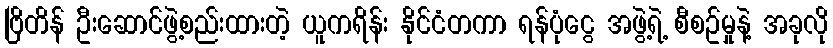
ဗြိတိန် ဦးဆောင်ဖွဲ့စည်းထားတဲ့ ယူကရိန်း နိုင်ငံတကာ ရန်ပုံငွေ အဖွဲ့ရဲ့ စီစဥ်မှုနဲ့ အခုလို